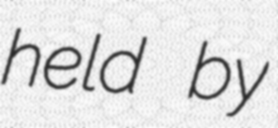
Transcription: held by